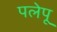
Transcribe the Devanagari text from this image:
पलेपू